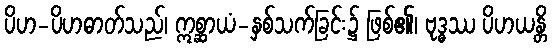
ပိဟ-ပိဟဓာတ်သည်၊ ဣစ္ဆာယံ-နှစ်သက်ခြင်း၌ ဖြစ်၏၊ ဗုဒ္ဓဿ ပိဟယန္တိ